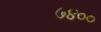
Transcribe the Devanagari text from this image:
७४००